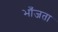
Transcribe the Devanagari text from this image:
भाँजता